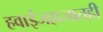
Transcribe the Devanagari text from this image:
हवाईजहाजातही